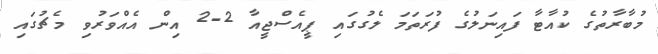
މުބާރާތުގެ ކުއާޓާ ފައިނަލުގެ ފުރަތަމަ ލެގުގައި ޕީއެސްޖީއާ 2-2 އިން އެއްވަރުވި މެޗުގައި